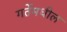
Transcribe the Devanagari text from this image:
गर्तेमधील